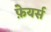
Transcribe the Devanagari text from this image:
फ़ेयर्स